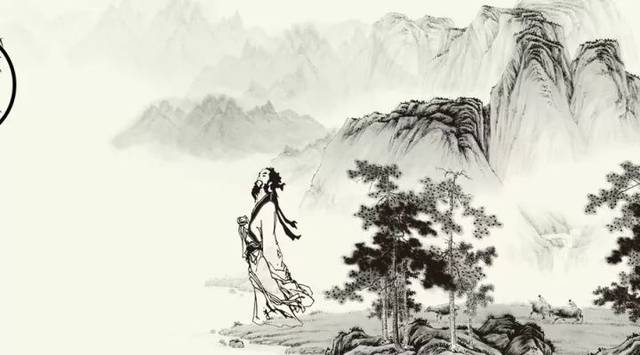
明月别枝惊鹊，清风半夜鸣蝉。